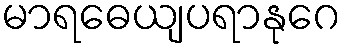
မာရဓေယျပရာနုဂေ